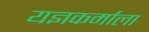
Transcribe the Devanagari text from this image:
यज्ञकर्माला